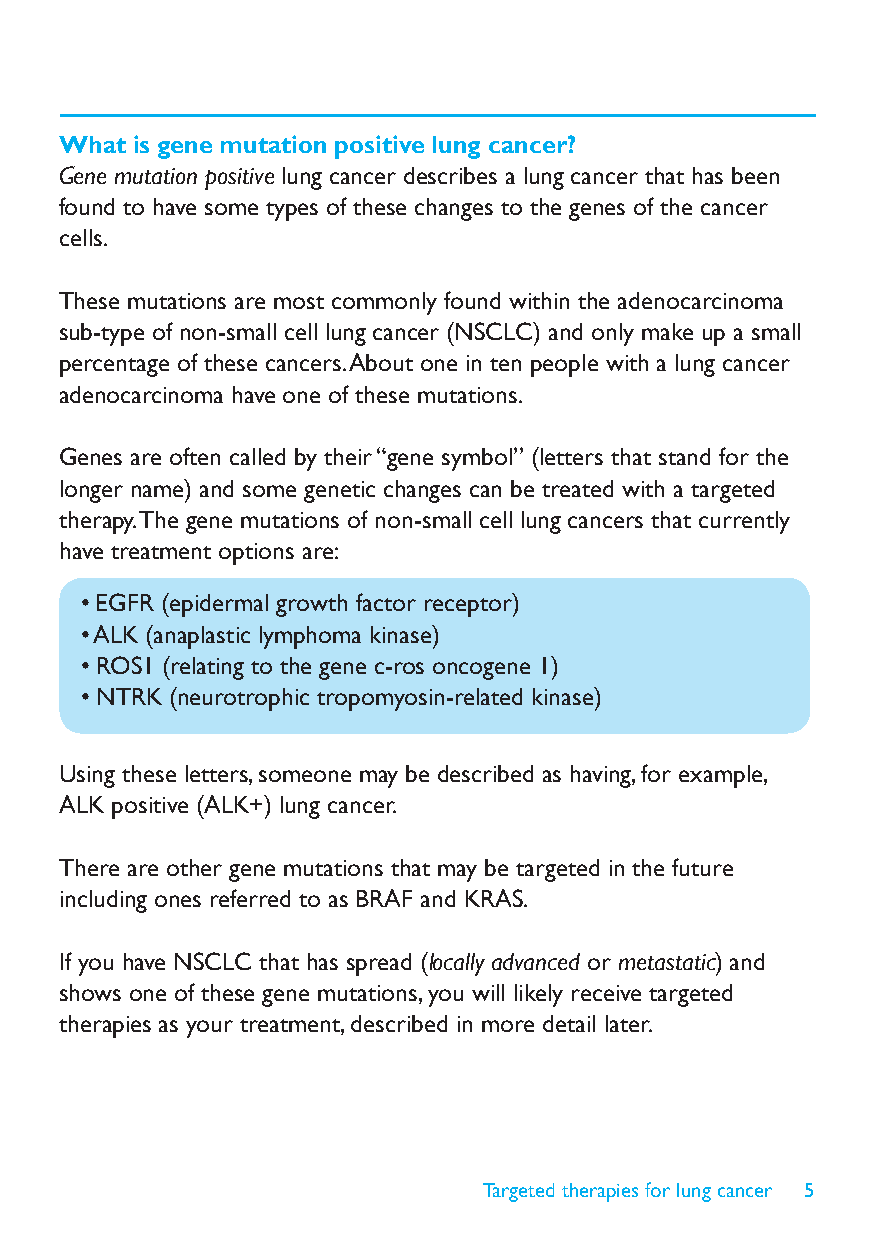
What is gene mutation positive lung cancer?
 Gene mutation positive lung cancer describes a lung cancer that has been
 found to have some types of these changes to the genes of the cancer
 cells.
 These mutations are most commonly found within the adenocarcinoma
 sub-type of non-small cell lung cancer (NSCLC) and only make up a small
 percentage of these cancers. About one in ten people with a lung cancer
 adenocarcinoma have one of these mutations.
 Genes are often called by their “gene symbol” (letters that stand for the
 longer name) and some genetic changes can be treated with a targeted
 therapy. The gene mutations of non-small cell lung cancers that currently
 have treatment options are:
 • EGFR (epidermal growth factor receptor)
 • ALK (anaplastic lymphoma kinase)
 • ROS1 (relating to the gene c-ros oncogene 1)
 • NTRK (neurotrophic tropomyosin-related kinase)
 Using these letters, someone may be described as having, for example,
 ALK positive (ALK+) lung cancer.
 There are other gene mutations that may be targeted in the future
 including ones referred to as BRAF and KRAS.
 If you have NSCLC that has spread (locally advanced or metastatic) and
 shows one of these gene mutations, you will likely receive targeted
 therapies as your treatment, described in more detail later.
 Targeted therapies for lung cancer 5